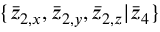
\{ \bar { z } _ { 2 , x } , \bar { z } _ { 2 , y } , \bar { z } _ { 2 , z } | \bar { z } _ { 4 } \}